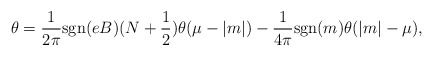
\begin{align*}\theta = \frac{1}{2 \pi} {\rm sgn}(eB) (N + \frac{1}{2})\theta (\mu - |m|) -\frac{1}{4 \pi} {\rm sgn}(m) \theta (|m| - \mu), \end{align*}